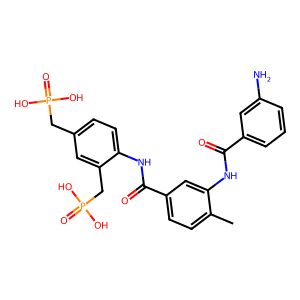
SMILES: Cc1ccc(C(=O)Nc2ccc(CP(=O)(O)O)cc2CP(=O)(O)O)cc1NC(=O)c1cccc(N)c1
Inhibits HIV replication: No